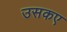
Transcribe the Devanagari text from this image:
उसकए